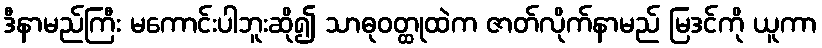
ဒီနာမည်ကြီး မကောင်းပါဘူးဆို၍ သာဓုဝတ္ထုထဲက ဇာတ်လိုက်နာမည် မြဒင်ကို ယူကာ